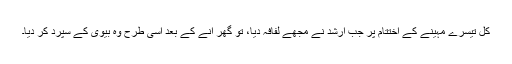
کل تیسرے مہینے کے اختتام پر جب ارشد نے مجھے لفافہ دیا، تو گھر آنے کے بعد اسی طرح وہ بیوی کے سپرد کر دیا۔